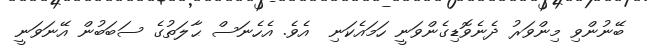
ބޭނުންވި މިންވަރު ދެނެވޮޑިގެންވަނީ ހަމައެކަނި  އެވެ. އެހެނަސް ޙާލަތުގެ ސަބަބުން އޭނަވަނީ